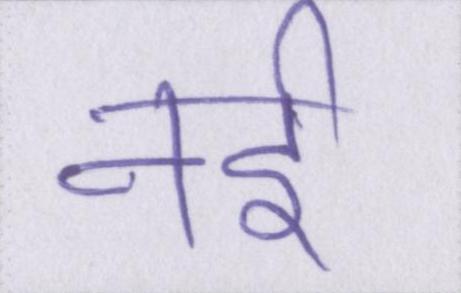
नर्इ